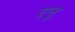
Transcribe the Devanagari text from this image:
एनु